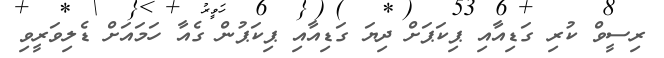
ރިސީވް ކުރި ގަޑިއާއިި ޕިކަޕަށް ދިޔަ ގަޑިއާއި ޕިކަޕުން ގެއާ ހަމައަށް ޑެލިވަރީވި